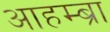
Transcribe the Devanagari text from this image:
आहम्ब्रा